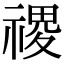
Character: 禝